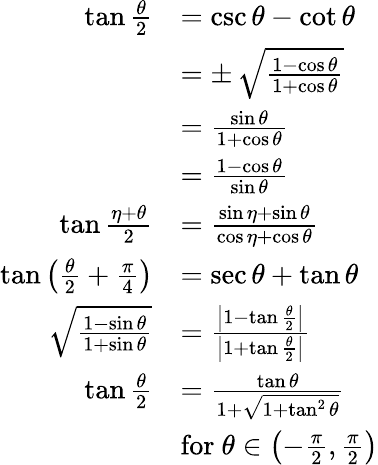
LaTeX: {\begin{array}{rl}{\tan{\frac{\theta}{2}}}&{=\csc\theta-\cot\theta}\\ &{=\pm\, {\sqrt{\frac{1-\cos\theta}{1+\cos\theta}}}}\\ &{={\frac{\sin\theta}{1+\cos\theta}}}\\ &{={\frac{1-\cos\theta}{\sin\theta}}}\\ {\tan{\frac{\eta+\theta}{2}}}&{={\frac{\sin\eta+\sin\theta}{\cos\eta+\cos\theta}}}\\ {\tan\left({\frac{\theta}{2}}+{\frac{\pi}{4}}\right)}&{=\sec\theta+\tan\theta}\\ {{\sqrt{\frac{1-\sin\theta}{1+\sin\theta}}}}&{={\frac{\left|1-\tan{\frac{\theta}{2}}\right|}{\left|1+\tan{\frac{\theta}{2}}\right|}}}\\ {\tan{\frac{\theta}{2}}}&{={\frac{\tan\theta}{1+{\sqrt{1+\tan^{2}\theta}}}}}\\ &{{\mathrm{for~}}\theta\in\left(-{\frac{\pi}{2}},{\frac{\pi}{2}}\right)}\end{array}}